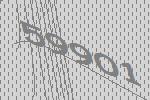
59901